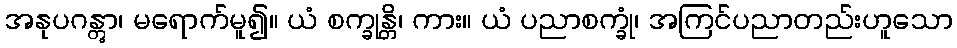
အနုပဂန္တွာ၊ မရောက်မူ၍။ ယံ စက္ခုန္တိ၊ ကား။ ယံ ပညာစက္ခုံ၊ အကြင်ပညာတည်းဟူသော